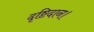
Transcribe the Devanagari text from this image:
दृष्टिदान।